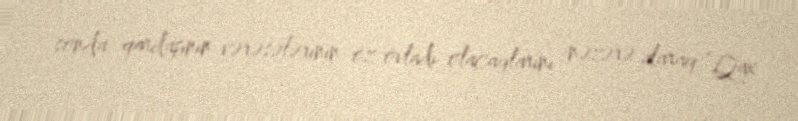
sonda qardaşının vərəsələrinin öz övladı olacaqlarını nəzərə alaraq “Qax